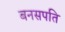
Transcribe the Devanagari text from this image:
बनसपति